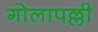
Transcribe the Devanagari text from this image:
गोलापल्ली